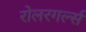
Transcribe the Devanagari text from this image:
रोलरगर्ल्स